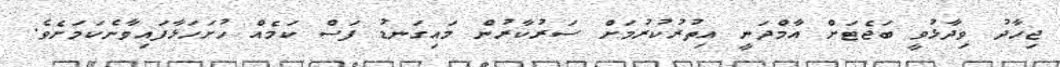
ޖިހާދު ވިދާޅުވީ ބަޖެޓަށް އާމްދަނީ އިތުރުކުރުމަށް ސަރުކާރުން މައިގަނޑު ފަސް ކަމެއް ހުށަހަޅާފައިވާނެކަމަށެވެ.